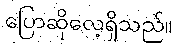
ပြောဆိုလေ့ရှိသည်။